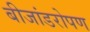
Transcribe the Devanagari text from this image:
बीजांडरोपण